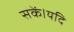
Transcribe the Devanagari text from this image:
सकें।यदि